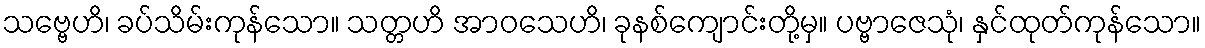
သဗ္ဗေဟိ၊ ခပ်သိမ်းကုန်သော။ သတ္တဟိ အာဝသေဟိ၊ ခုနစ်ကျောင်းတို့မှ။ ပဗ္ဗာဇေသုံ၊ နှင်ထုတ်ကုန်သော။